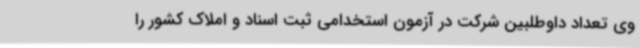
وی تعداد داوطلبین شرکت در آزمون استخدامی ثبت اسناد و املاک کشور را